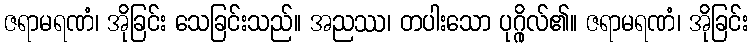
ဇရာမရဏံ၊ အိုခြင်း သေခြင်းသည်။ အညဿ၊ တပါးသော ပုဂ္ဂိုလ်၏။ ဇရာမရဏံ၊ အိုခြင်း